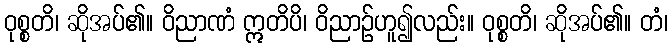
ဝုစ္စတိ၊ ဆိုအပ်၏။ ဝိညာဏံ ဣတိပိ၊ ဝိညာဉ်ဟူ၍လည်း။ ဝုစ္စတိ၊ ဆိုအပ်၏။ တံ၊